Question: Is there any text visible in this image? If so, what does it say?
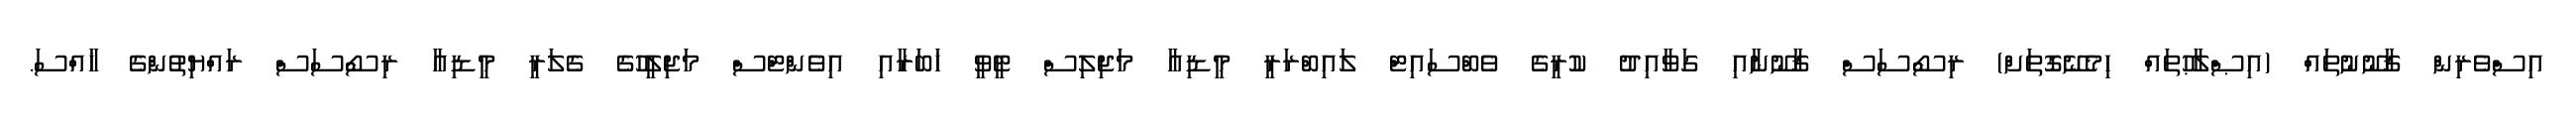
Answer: އިސްވެރިން ޤާނޫނުތައް (އިޞްލާޙުތައް ހިމެނޭގޮތަށް) ރިސޯސަސް ޤާނޫނާއި ގަވާއިދު ކުރީގެ ވެބްސައިޓް ލައިބްރަރީ މީޑިއާ މަޖިލިސް ޓީވީ ޚަބަރާއި އިވެންޓްސް މަޖިލީހުގެ ގެލަރީ މީޑިއާ ރިސޯސަސް ރައްޔިތުންގެ ޚާއްސަ.